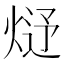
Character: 𤊂